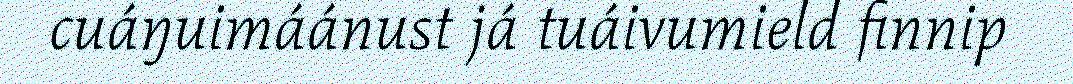
cuáŋuimáánust já tuáivumield finnip